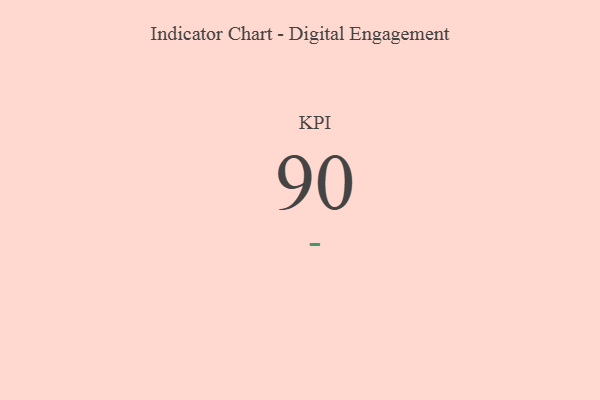
{"axis": {"x": "KPI", "y": "Value"}, "legend": [""], "data": [{"x": "KPI", "y": 90, "type": ""}]}